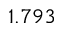
1 . 7 9 3